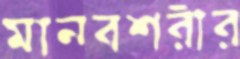
মানবশরীর